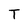
Character: T